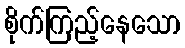
စိုက်ကြည့်နေသော